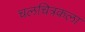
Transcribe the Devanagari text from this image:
चलचित्रकला